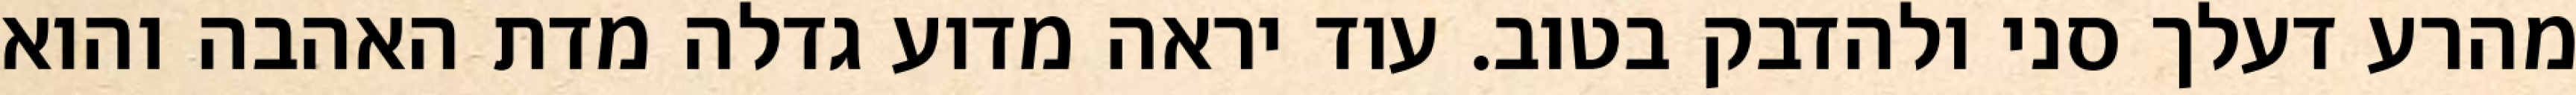
מהרע דעלך סני ולהדבק בטוב. עוד יראה מדוע גדלה מדת האהבה והוא